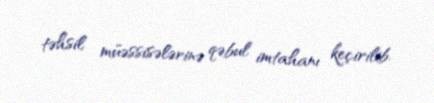
təhsil müəssisələrinə qəbul imtahanı keçirilib.